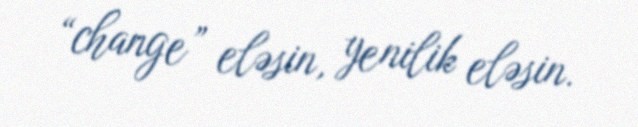
“change” eləsin, yenilik eləsin.